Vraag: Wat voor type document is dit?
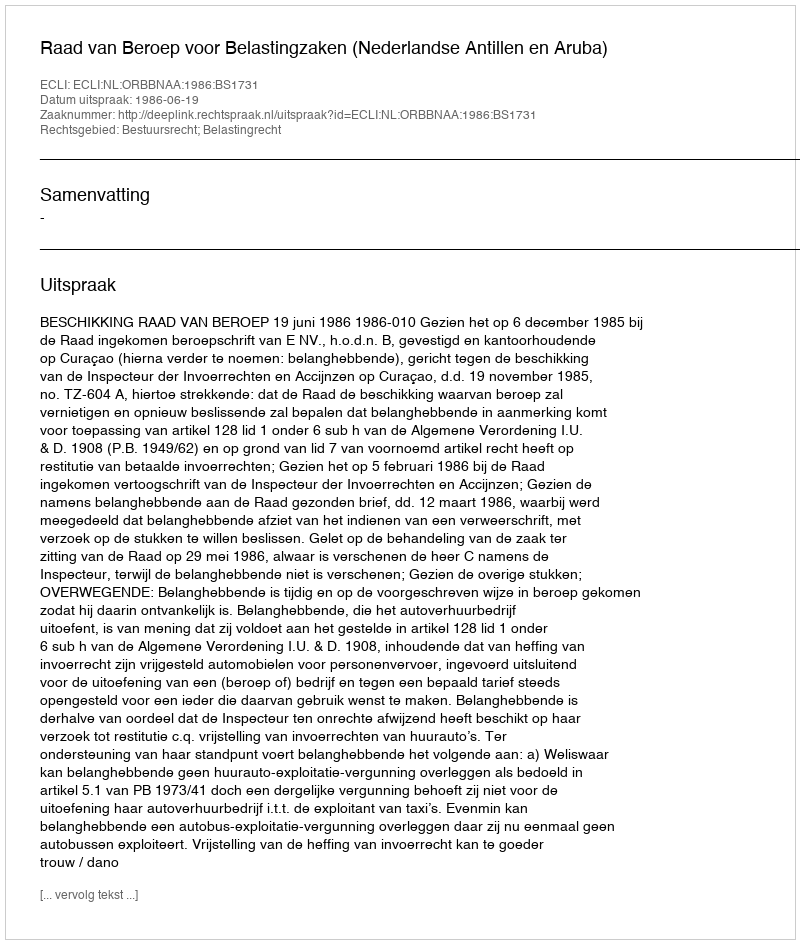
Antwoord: Uitspraak